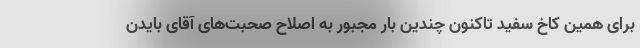
برای همین کاخ سفید تاکنون چندین بار مجبور به اصلاح صحبت‌های آقای بایدن